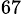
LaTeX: ^\mathrm{67}